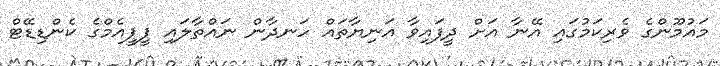
މައުމޫންގެ ވެރިކަމުގައި އޭނާ އަށް ދީފައިވާ އަނިޔާތައް ހަނދާން ނައްތާލައި ޕީޕީއެމްގެ ކެންޑިޑޭޓް